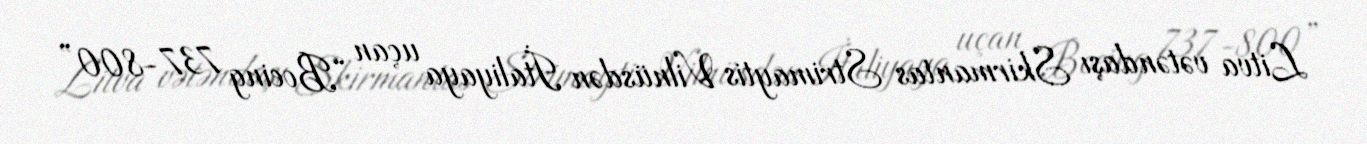
Litva vətəndaşı Skirmantas Strimaytis Vilnüsdən İtaliyaya uçan “Boeing 737-800”